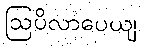
ဩပိလာပေယျ